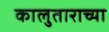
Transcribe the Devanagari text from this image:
कालुताराच्या